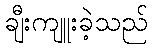
ချီးကျူးခဲ့သည်